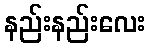
နည်းနည်းလေး